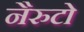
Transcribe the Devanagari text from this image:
नैरुटो